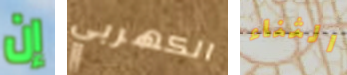
إن الكهربي الثناء